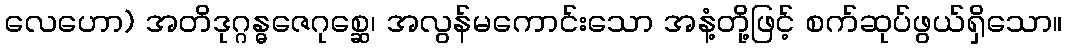
လေဟော) အတိဒုဂ္ဂန္ဓဇေဂုစ္ဆေ၊ အလွန်မကောင်းသော အနံ့တို့ဖြင့် စက်ဆုပ်ဖွယ်ရှိသော။